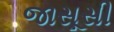
જાસૂસી